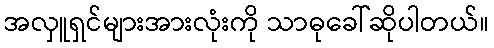
အလှူရှင်များအားလုံးကို သာဓုခေါ်ဆိုပါတယ်။